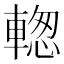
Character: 𨍉